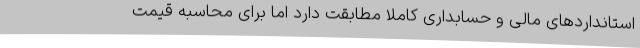
استانداردهای مالی و حسابداری کاملاً مطابقت دارد اما برای محاسبه قیمت